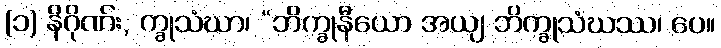
(၁) နိဂိုဏ်း, က္ခုသံဃာ၊ “ဘိက္ခုနီယော အယျ ဘိက္ခုသံဃဿ၊ ပေ။